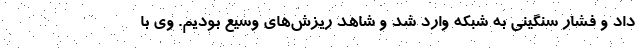
داد و فشار سنگینی به شبکه وارد شد و شاهد ریزش‌های وسیع بودیم. وی با